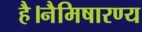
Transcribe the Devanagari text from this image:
है।नैमिषारण्य